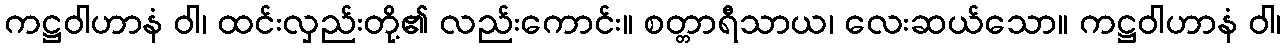
ကဋ္ဌဝါဟာနံ ဝါ၊ ထင်းလှည်းတို့၏ လည်းကောင်း။ စတ္တာရီသာယ၊ လေးဆယ်သော။ ကဋ္ဌဝါဟာနံ ဝါ၊